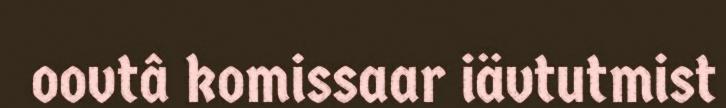
oovtâ komissaar iävtutmist